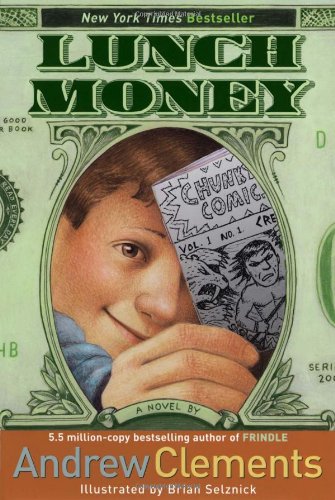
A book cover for Lunch Money; Andrew Clements; Children's Books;